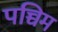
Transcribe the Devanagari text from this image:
पच्चिम